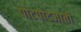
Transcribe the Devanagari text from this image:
पोटपोटजाती